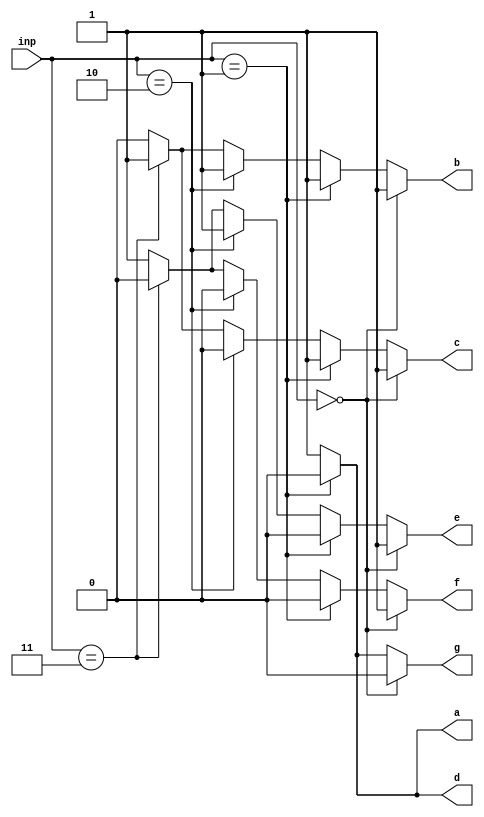
module sevenseg(
	input [2:0] inp,
	output a,b,c,d,e,f,g);
assign a= (inp ==3'b001)? 0 : 1;
assign b= (inp ==3'b000)? 1 :
		  (inp ==3'b001)? 1 :
		  (inp ==3'b010)? 1 :
		  (inp ==3'b011)? 1 : 0;
assign c= (inp ==3'b000)? 1 :
		  (inp ==3'b001)? 1 :
		  (inp ==3'b010)? 0 :
		  (inp ==3'b011)? 1 : 0;
assign d= (inp ==3'b001)? 0 : 1;
assign e= (inp ==3'b000)? 1 :
		  (inp ==3'b001)? 0 :
		  (inp ==3'b010)? 1 :
		  (inp ==3'b011)? 0 : 1;
assign f= (inp ==3'b000)? 1 :
		  (inp ==3'b001)? 0 :
		  (inp ==3'b010)? 0 :
		  (inp ==3'b011)? 0 : 1;
assign g= (inp ==3'b000)? 0 :
		  (inp ==3'b001)? 0 :
		  (inp ==3'b010)? 1 :
		  (inp ==3'b011)? 1 : 1;
endmodule

module tst();
reg [2:0] inp;
wire a,b,c,d,e,f,g;
sevenseg s(inp,a,b,c,d,e,f,g);
initial 
	$monitor("inp=%0d abcdefg=%b%b%b%b%b%b%b",inp ,a,b,c,d,e,f,g);
initial begin 
inp =0;
#10 
inp =1;
#10
inp =2;
#10
inp =3;
#10
inp=4;
#10
inp =7;
end
endmodule